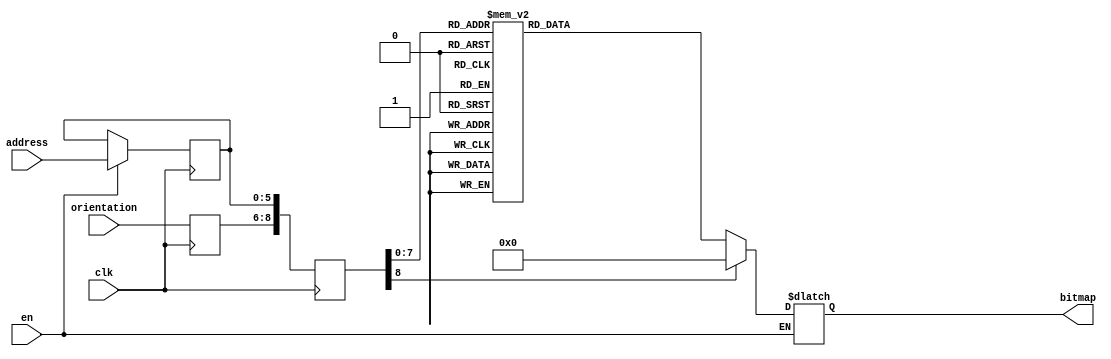
module shape0base2_39(clk, en, orientation, address, bitmap);
    input  clk;
    input   en;
    input wire [2:0] orientation;
    input wire[5:0] address;
    output reg [50:0] bitmap;
    reg   [8:0] raddr;
    reg [5:0] address_reg;
    reg[2:0] orient_reg;
 always @(posedge clk)
 begin

    if (en)
     address_reg <= address;
     orient_reg <= orientation;
     raddr <= {orient_reg,address_reg};
 end

 always @(raddr) 
 begin
    if (en)
       case(raddr)
    9'b000000000 : bitmap <= 51'b000000000000000000000000010000000000000000000000000;
    9'b000000001 : bitmap <= 51'b000000000000000000000001111100000000000000000000000;
    9'b000000010 : bitmap <= 51'b000000000000000000000111111111000000000000000000000;
    9'b000000011 : bitmap <= 51'b000000000000000000001111111111100000000000000000000;
    9'b000000100 : bitmap <= 51'b000000000000000000111111111111111000000000000000000;
    9'b000000101 : bitmap <= 51'b000000000000000011111111111111111110000000000000000;
    9'b000000110 : bitmap <= 51'b000000000000001111111111111111111111100000000000000;
    9'b000000111 : bitmap <= 51'b000000000000011111111111111111111111110000000000000;
    9'b000001000 : bitmap <= 51'b000000000001111111111111111111111111111100000000000;
    9'b000001001 : bitmap <= 51'b000000000111111111111111111111111111111111000000000;
    9'b000001010 : bitmap <= 51'b000000001111111111111111111111111111111111100000000;
    9'b000001011 : bitmap <= 51'b000000111111111111111111111111111111111111111000000;
    9'b000001100 : bitmap <= 51'b000011111111111111111111111111111111111111111110000;
    9'b000001101 : bitmap <= 51'b000111111111111111111111111111111111111111111111000;
    9'b000001110 : bitmap <= 51'b011111111111111111111111111111111111111111111111110;
    9'b000001111 : bitmap <= 51'b111111111111111111111111111111111111111111111111111;
    9'b000010000 : bitmap <= 51'b111111111111111111111111111111111111111111111111111;
    9'b000010001 : bitmap <= 51'b111111111111111111111111111111111111111111111111111;
    9'b000010010 : bitmap <= 51'b111111111111111111111111111111111111111111111111111;
    9'b000010011 : bitmap <= 51'b111111111111111111111111111111111111111111111111111;
    9'b000010100 : bitmap <= 51'b111111111111111111111111111111111111111111111111111;
    9'b000010101 : bitmap <= 51'b111111111111111111111111111111111111111111111111111;
    9'b000010110 : bitmap <= 51'b111111111111111111111111111111111111111111111111111;
    9'b000010111 : bitmap <= 51'b000000000000000000000000000000000000000000000000000;
    9'b000011000 : bitmap <= 51'b000000000000000000000000000000000000000000000000000;
    9'b000011001 : bitmap <= 51'b000000000000000000000000000000000000000000000000000;
    9'b000011010 : bitmap <= 51'b000000000000000000000000000000000000000000000000000;
    9'b000011011 : bitmap <= 51'b000000000000000000000000000000000000000000000000000;
    9'b000011100 : bitmap <= 51'b000000000000000000000000000000000000000000000000000;
    9'b000011101 : bitmap <= 51'b000000000000000000000000000000000000000000000000000;
    9'b000011110 : bitmap <= 51'b000000000000000000000000000000000000000000000000000;
    9'b000011111 : bitmap <= 51'b000000000000000000000000000000000000000000000000000;
    9'b000100000 : bitmap <= 51'b000000000000000000000000000000000000000000000000000;
    9'b000100001 : bitmap <= 51'b000000000000000000000000000000000000000000000000000;
    9'b000100010 : bitmap <= 51'b000000000000000000000000000000000000000000000000000;
    9'b000100011 : bitmap <= 51'b000000000000000000000000000000000000000000000000000;
    9'b000100100 : bitmap <= 51'b000000000000000000000000000000000000000000000000000;
    9'b000100101 : bitmap <= 51'b111111111111111111111111111111111111111111111111111;
    9'b000100110 : bitmap <= 51'b111111111111111111111111111111111111111111111111111;
    9'b000100111 : bitmap <= 51'b111111111111111111111111111111111111111111111111111;
    9'b000101000 : bitmap <= 51'b111111111111111111111111111111111111111111111111111;
    9'b000101001 : bitmap <= 51'b111111111111111111111111111111111111111111111111111;
    9'b000101010 : bitmap <= 51'b111111111111111111111111111111111111111111111111111;
    9'b000101011 : bitmap <= 51'b111111111111111111111111111111111111111111111111111;
    9'b000101100 : bitmap <= 51'b111111111111111111111111111111111111111111111111111;
    9'b000101101 : bitmap <= 51'b011111111111111111111111111111111111111111111111110;
    9'b000101110 : bitmap <= 51'b000111111111111111111111111111111111111111111111000;
    9'b000101111 : bitmap <= 51'b000011111111111111111111111111111111111111111110000;
    9'b000110000 : bitmap <= 51'b000000111111111111111111111111111111111111111000000;
    9'b000110001 : bitmap <= 51'b000000001111111111111111111111111111111111100000000;
    9'b000110010 : bitmap <= 51'b000000000111111111111111111111111111111111000000000;
    9'b000110011 : bitmap <= 51'b000000000001111111111111111111111111111100000000000;
    9'b000110100 : bitmap <= 51'b000000000000011111111111111111111111110000000000000;
    9'b000110101 : bitmap <= 51'b000000000000001111111111111111111111100000000000000;
    9'b000110110 : bitmap <= 51'b000000000000000011111111111111111110000000000000000;
    9'b000110111 : bitmap <= 51'b000000000000000000111111111111111000000000000000000;
    9'b000111000 : bitmap <= 51'b000000000000000000001111111111100000000000000000000;
    9'b000111001 : bitmap <= 51'b000000000000000000000111111111000000000000000000000;
    9'b000111010 : bitmap <= 51'b000000000000000000000001111100000000000000000000000;
    9'b000111011 : bitmap <= 51'b000000000000000000000000010000000000000000000000000;
    9'b001000000 : bitmap <= 51'b000000000000000000000000010000000000000000000000000;
    
    
    9'b001000001 : bitmap <= 51'b000000000000000000000001111100000000000000000000000;
    9'b001000010 : bitmap <= 51'b000000000000000000000111111111000000000000000000000;
    9'b001000011 : bitmap <= 51'b000000000000000000001111111111100000000000000000000;
    9'b001000100 : bitmap <= 51'b000000000000000000011111111111111000000000000000000;
    9'b001000101 : bitmap <= 51'b000000000000000000001111111111111110000000000000000;
    9'b001000110 : bitmap <= 51'b000000000000000000001111111111111111100000000000000;
    9'b001000111 : bitmap <= 51'b000000000000000000000111111111111111110000000000000;
    9'b001001000 : bitmap <= 51'b000000000000000000000111111111111111111100000000000;
    9'b001001001 : bitmap <= 51'b000000000000000000000011111111111111111111000000000;
    9'b001001010 : bitmap <= 51'b000000000000000000000011111111111111111111100000000;
    9'b001001011 : bitmap <= 51'b000000100000000000000001111111111111111111111000000;
    9'b001001100 : bitmap <= 51'b000011110000000000000000111111111111111111111110000;
    9'b001001101 : bitmap <= 51'b000111110000000000000000111111111111111111111111000;
    9'b001001110 : bitmap <= 51'b011111111000000000000000011111111111111111111111110;
    9'b001001111 : bitmap <= 51'b111111111000000000000000011111111111111111111111111;
    9'b001010000 : bitmap <= 51'b111111111100000000000000001111111111111111111111111;
    9'b001010001 : bitmap <= 51'b111111111100000000000000001111111111111111111111111;
    9'b001010010 : bitmap <= 51'b111111111110000000000000000111111111111111111111111;
    9'b001010011 : bitmap <= 51'b111111111111000000000000000011111111111111111111111;
    9'b001010100 : bitmap <= 51'b111111111111000000000000000011111111111111111111111;
    9'b001010101 : bitmap <= 51'b111111111111100000000000000001111111111111111111111;
    9'b001010110 : bitmap <= 51'b111111111111100000000000000001111111111111111111111;
    9'b001010111 : bitmap <= 51'b111111111111110000000000000000111111111111111111111;
    9'b001011000 : bitmap <= 51'b111111111111110000000000000000111111111111111111111;
    9'b001011001 : bitmap <= 51'b111111111111111000000000000000011111111111111111111;
    9'b001011010 : bitmap <= 51'b111111111111111100000000000000011111111111111111111;
    9'b001011011 : bitmap <= 51'b111111111111111100000000000000001111111111111111111;
    9'b001011100 : bitmap <= 51'b111111111111111110000000000000000111111111111111111;
    9'b001011101 : bitmap <= 51'b111111111111111110000000000000000111111111111111111;
    9'b001011110 : bitmap <= 51'b111111111111111111000000000000000011111111111111111;
    9'b001011111 : bitmap <= 51'b111111111111111111000000000000000011111111111111111;
    9'b001100000 : bitmap <= 51'b111111111111111111100000000000000001111111111111111;
    9'b001100001 : bitmap <= 51'b111111111111111111100000000000000001111111111111111;
    9'b001100010 : bitmap <= 51'b111111111111111111110000000000000000111111111111111;
    9'b001100011 : bitmap <= 51'b111111111111111111111000000000000000011111111111111;
    9'b001100100 : bitmap <= 51'b111111111111111111111000000000000000011111111111111;
    9'b001100101 : bitmap <= 51'b111111111111111111111100000000000000001111111111111;
    9'b001100110 : bitmap <= 51'b111111111111111111111100000000000000001111111111111;
    9'b001100111 : bitmap <= 51'b111111111111111111111110000000000000000111111111111;
    9'b001101000 : bitmap <= 51'b111111111111111111111110000000000000000111111111111;
    9'b001101001 : bitmap <= 51'b111111111111111111111111000000000000000011111111111;
    9'b001101010 : bitmap <= 51'b111111111111111111111111100000000000000001111111111;
    9'b001101011 : bitmap <= 51'b111111111111111111111111100000000000000001111111111;
    9'b001101100 : bitmap <= 51'b111111111111111111111111110000000000000000111111111;
    9'b001101101 : bitmap <= 51'b011111111111111111111111110000000000000000111111110;
    9'b001101110 : bitmap <= 51'b000111111111111111111111111000000000000000011111000;
    9'b001101111 : bitmap <= 51'b000011111111111111111111111000000000000000011110000;
    9'b001110000 : bitmap <= 51'b000000111111111111111111111100000000000000001000000;
    9'b001110001 : bitmap <= 51'b000000001111111111111111111110000000000000000000000;
    9'b001110010 : bitmap <= 51'b000000000111111111111111111110000000000000000000000;
    9'b001110011 : bitmap <= 51'b000000000001111111111111111111000000000000000000000;
    9'b001110100 : bitmap <= 51'b000000000000011111111111111111000000000000000000000;
    9'b001110101 : bitmap <= 51'b000000000000001111111111111111100000000000000000000;
    9'b001110110 : bitmap <= 51'b000000000000000011111111111111100000000000000000000;
    9'b001110111 : bitmap <= 51'b000000000000000000111111111111110000000000000000000;
    9'b001111000 : bitmap <= 51'b000000000000000000001111111111100000000000000000000;
    9'b001111001 : bitmap <= 51'b000000000000000000000111111111000000000000000000000;
    9'b001111010 : bitmap <= 51'b000000000000000000000001111100000000000000000000000;
    9'b001111011 : bitmap <= 51'b000000000000000000000000010000000000000000000000000;
    
    9'b010000000 : bitmap <= 51'b000000000000000000000000010000000000000000000000000;
    9'b010000001 : bitmap <= 51'b000000000000000000000001111100000000000000000000000;
    9'b010000010 : bitmap <= 51'b000000000000000000000111111111000000000000000000000;
    9'b010000011 : bitmap <= 51'b000000000000000000001111111111100000000000000000000;
    9'b010000100 : bitmap <= 51'b000000000000000000111111111111110000000000000000000;
    9'b010000101 : bitmap <= 51'b000000000000000011111111111111100000000000000000000;
    9'b010000110 : bitmap <= 51'b000000000000001111111111111111100000000000000000000;
    9'b010000111 : bitmap <= 51'b000000000000011111111111111111000000000000000000000;
    9'b010001000 : bitmap <= 51'b000000000001111111111111111111000000000000000000000;
    9'b010001001 : bitmap <= 51'b000000000111111111111111111110000000000000000000000;
    9'b010001010 : bitmap <= 51'b000000001111111111111111111110000000000000000000000;
    9'b010001011 : bitmap <= 51'b000000111111111111111111111100000000000000001000000;
    9'b010001100 : bitmap <= 51'b000011111111111111111111111000000000000000011110000;
    9'b010001101 : bitmap <= 51'b000111111111111111111111111000000000000000011111000;
    9'b010001110 : bitmap <= 51'b011111111111111111111111110000000000000000111111110;
    9'b010001111 : bitmap <= 51'b111111111111111111111111110000000000000000111111111;
    9'b010010000 : bitmap <= 51'b111111111111111111111111100000000000000001111111111;
    9'b010010001 : bitmap <= 51'b111111111111111111111111100000000000000001111111111;
    9'b010010010 : bitmap <= 51'b111111111111111111111111000000000000000011111111111;
    9'b010010011 : bitmap <= 51'b111111111111111111111110000000000000000111111111111;
    9'b010010100 : bitmap <= 51'b111111111111111111111110000000000000000111111111111;
    9'b010010101 : bitmap <= 51'b111111111111111111111100000000000000001111111111111;
    9'b010010110 : bitmap <= 51'b111111111111111111111100000000000000001111111111111;
    9'b010010111 : bitmap <= 51'b111111111111111111111000000000000000011111111111111;
    9'b010011000 : bitmap <= 51'b111111111111111111111000000000000000011111111111111;
    9'b010011001 : bitmap <= 51'b111111111111111111110000000000000000111111111111111;
    9'b010011010 : bitmap <= 51'b111111111111111111110000000000000001111111111111111;
    9'b010011011 : bitmap <= 51'b111111111111111111100000000000000001111111111111111;
    9'b010011100 : bitmap <= 51'b111111111111111111000000000000000011111111111111111;
    9'b010011101 : bitmap <= 51'b111111111111111111000000000000000011111111111111111;
    9'b010011110 : bitmap <= 51'b111111111111111110000000000000000111111111111111111;
    9'b010011111 : bitmap <= 51'b111111111111111110000000000000000111111111111111111;
    9'b010100000 : bitmap <= 51'b111111111111111100000000000000001111111111111111111;
    9'b010100001 : bitmap <= 51'b111111111111111100000000000000001111111111111111111;
    9'b010100010 : bitmap <= 51'b111111111111111000000000000000011111111111111111111;
    9'b010100011 : bitmap <= 51'b111111111111110000000000000000111111111111111111111;
    9'b010100100 : bitmap <= 51'b111111111111110000000000000000111111111111111111111;
    9'b010100101 : bitmap <= 51'b111111111111100000000000000001111111111111111111111;
    9'b010100110 : bitmap <= 51'b111111111111100000000000000001111111111111111111111;
    9'b010100111 : bitmap <= 51'b111111111111000000000000000011111111111111111111111;
    9'b010101000 : bitmap <= 51'b111111111111000000000000000011111111111111111111111;
    9'b010101001 : bitmap <= 51'b111111111110000000000000000111111111111111111111111;
    9'b010101010 : bitmap <= 51'b111111111100000000000000001111111111111111111111111;
    9'b010101011 : bitmap <= 51'b111111111100000000000000001111111111111111111111111;
    9'b010101100 : bitmap <= 51'b111111111000000000000000011111111111111111111111111;
    9'b010101101 : bitmap <= 51'b011111111000000000000000011111111111111111111111110;
    9'b010101110 : bitmap <= 51'b000111110000000000000000111111111111111111111111000;
    9'b010101111 : bitmap <= 51'b000011110000000000000000111111111111111111111110000;
    9'b010110000 : bitmap <= 51'b000000100000000000000001111111111111111111111000000;
    9'b010110001 : bitmap <= 51'b000000000000000000000011111111111111111111100000000;
    9'b010110010 : bitmap <= 51'b000000000000000000000011111111111111111111000000000;
    9'b010110011 : bitmap <= 51'b000000000000000000000111111111111111111100000000000;
    9'b010110100 : bitmap <= 51'b000000000000000000000111111111111111110000000000000;
    9'b010110101 : bitmap <= 51'b000000000000000000001111111111111111100000000000000;
    9'b010110110 : bitmap <= 51'b000000000000000000001111111111111110000000000000000;
    9'b010110111 : bitmap <= 51'b000000000000000000011111111111111000000000000000000;
    9'b010111000 : bitmap <= 51'b000000000000000000001111111111100000000000000000000;
    9'b010111001 : bitmap <= 51'b000000000000000000000111111111000000000000000000000;
    9'b010111010 : bitmap <= 51'b000000000000000000000001111100000000000000000000000;
    9'b010111011 : bitmap <= 51'b000000000000000000000000010000000000000000000000000;




    default: bitmap <= 0;
       endcase
 end
        endmodule